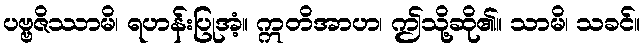
ပဗ္ဗဇိဿာမိ၊ ရဟန်းပြုအံ့။ ဣတိအာဟ၊ ဤသို့ဆို၏။ သာမိ၊ သခင်။